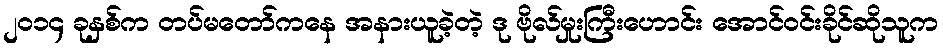
၂၀၁၄ ခုနှစ်က တပ်မတော်ကနေ အနားယူခဲ့တဲ့ ဒု ဗိုလ်မှုးကြီးဟောင်း အောင်ဝင်းခိုင်ဆိုသူက